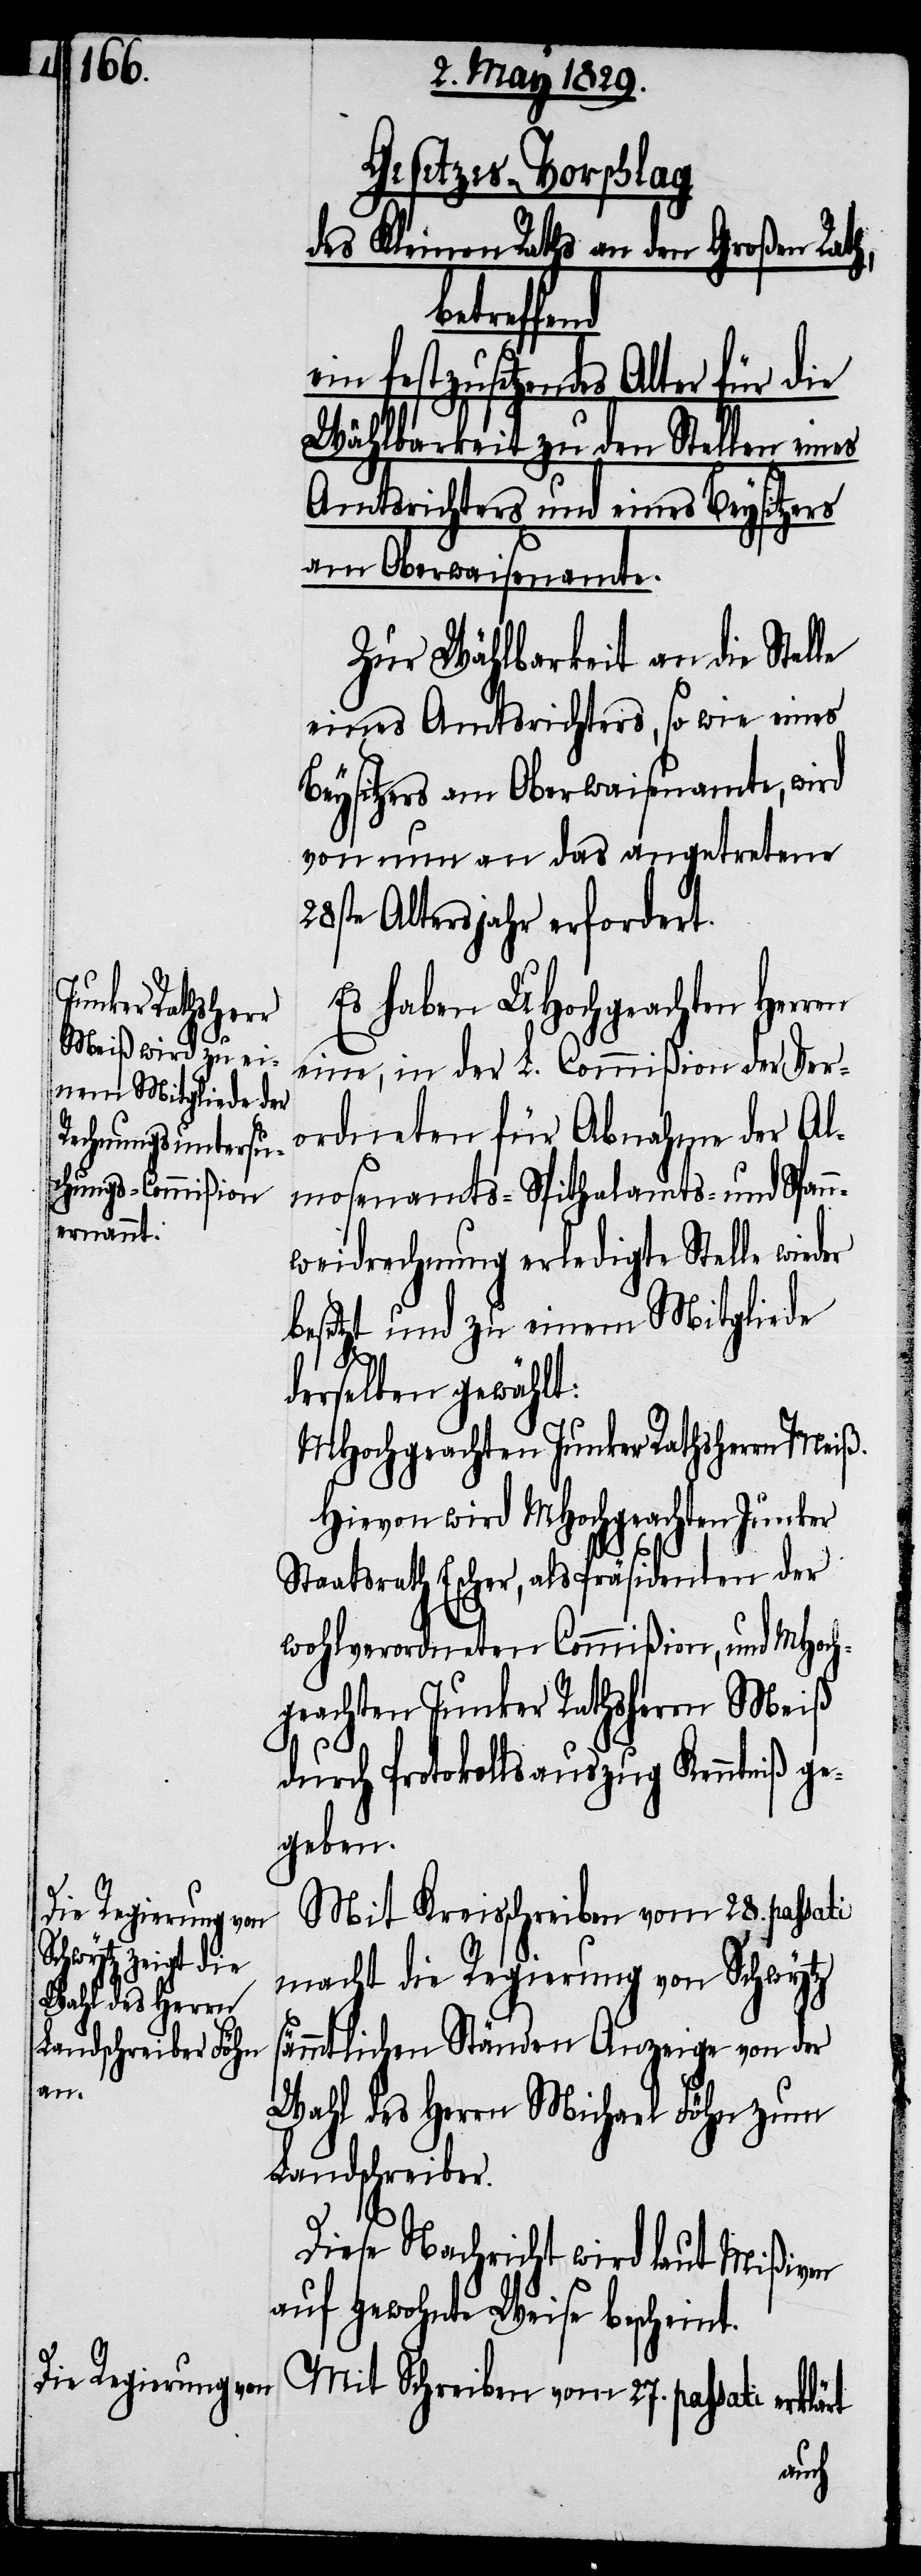
Es haben UHochgeachten Herren
eine, in der L. Commißion der Ver¬
ordneten für Abnahme der Al¬
mosenamts-[,] Spitalamts- und Spann¬
weidrechnung erledigte Stelle wieder
besetzt und zu einem Mitgliede
t.
derselben gewählt:
MHochgeachten Junker Rathsherrn Meiß.
Hievon wird MHochgeachten Junker
Staatsrath Escher, als Präsident der
wohlverordneten Commißion, und MHoch¬
geachten Junker Rathsherrn Meiß
durch Protokollsauszug Kenntniß ge¬
geben.
Mit Kreisschreiben vom 28. passati
macht die Regierung von Schwytz
sämmtlichen Ständen Anzeige von der
Wahl des Herrn Michael Föhn zum
Landschreiber.
Diese Nachricht wird laut Mißiven
auf gewohnte Weise beschein¬
Mit Schreiben vom 27. passati erklärt